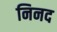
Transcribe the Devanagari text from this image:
निनद